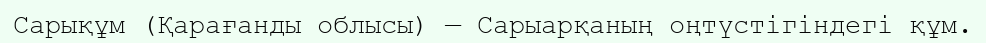
Сарықұм (Қарағанды облысы) — Сарыарқаның оңтүстігіндегі құм.